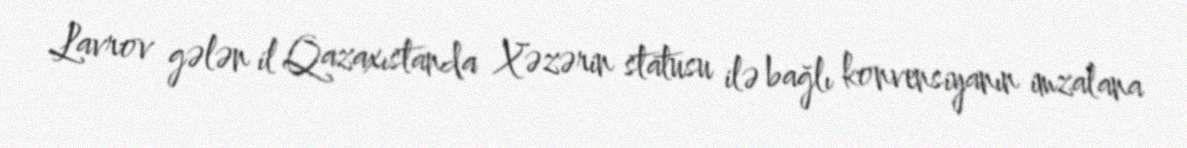
Lavrov gələn il Qazaxıstanda Xəzərin statusu ilə bağlı konvensiyanın imzalana